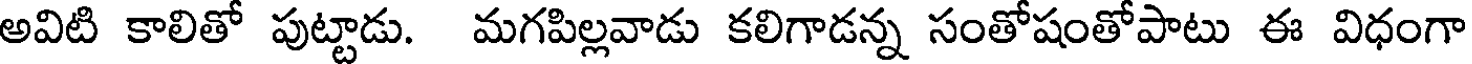
అవిటి కాలితో పుట్టాడు. మగపిల్లవాడు కలిగాడన్న సంతోషంతోపాటు ఈ విధంగా